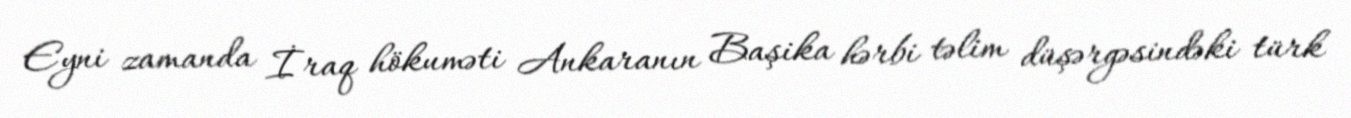
Eyni zamanda İraq hökuməti Ankaranın Başika hərbi təlim düşərgəsindəki türk